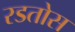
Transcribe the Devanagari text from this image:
रडतोस